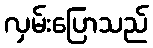
လှမ်းပြောသည်